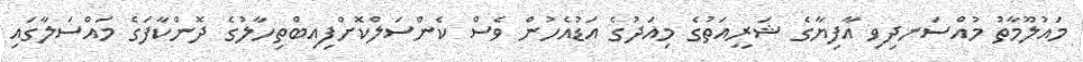
މައުލޫމާތު މުއްސަނދިވި އާފިޔާގެ ޝަރީއަތުގެ މިއަދުގެ އަޑުއެހުން ވެސް ކެންސަލްކޮށްފިއިބްތިހާލުގެ ދޮންކާފަގެ މައްސަލާގައި